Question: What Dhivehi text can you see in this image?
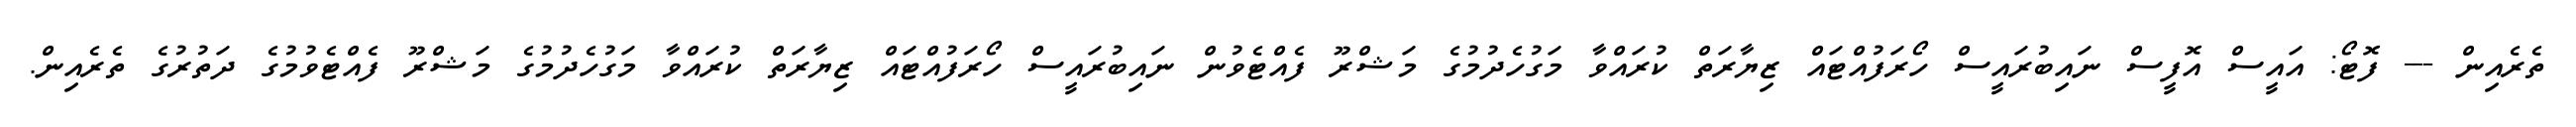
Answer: ތެރެއިން --- ފޮޓޯ: އައީސް އޮފީސް ނައިބުރައީސް ހޯރަފުއްޓައް ޒިޔާރަތް ކުރައްވާ މަގުހެދުމުގެ މަޝްރޫ ފެއްޓެވުން ނައިބުރައީސް ހޯރަފުއްޓައް ޒިޔާރަތް ކުރައްވާ މަގުހެދުމުގެ މަޝްރޫ ފެއްޓެވުމުގެ ދަތުރުގެ ތެރެއިން.